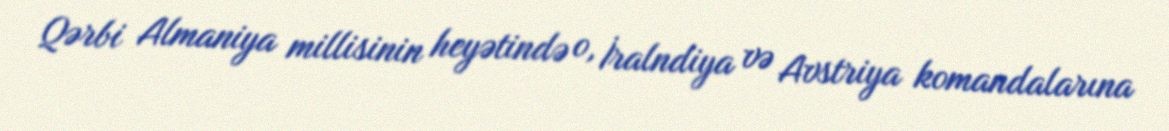
Qərbi Almaniya millisinin heyətində o, İralndiya və Avstriya komandalarına